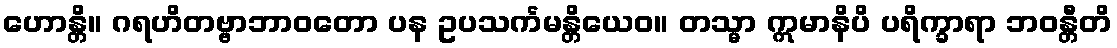
ဟောန္တိ။ ဂရဟိတဗ္ဗာဘာဝတော ပန ဥပသင်္ကမန္တိယေဝ။ တသ္မာ ဣမာနိပိ ပရိက္ခာရာ ဘဝန္တီတိ